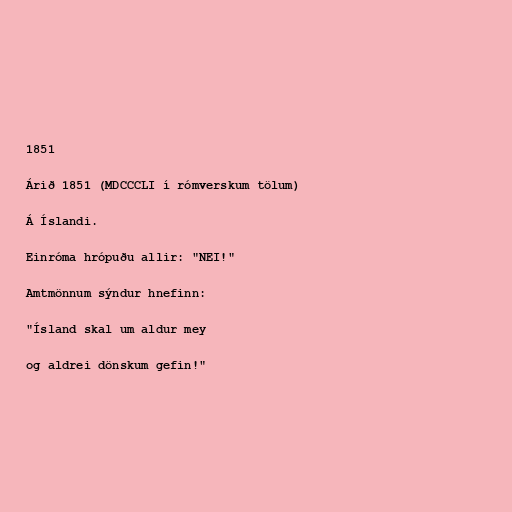
1851

Árið 1851 (MDCCCLI í rómverskum tölum)

Á Íslandi.

Einróma hrópuðu allir: "NEI!"

Amtmönnum sýndur hnefinn:

"Ísland skal um aldur mey

og aldrei dönskum gefin!"